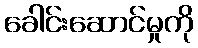
ခေါင်းဆောင်မှုကို